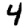
Digit: 4